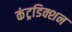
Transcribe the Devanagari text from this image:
कंट्रडिक्शन